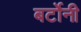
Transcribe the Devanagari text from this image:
बर्टोनी